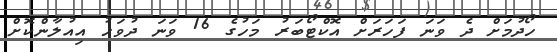
ހޯދުމަށް ދެ ވަނަ ފަހަރަށް އޮކްޓޯބަރު މަހުގެ 16 ވަނަ ދުވަހު އިއުލާންކޮށް